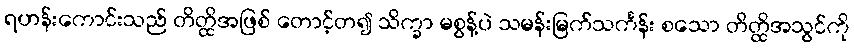
ရဟန်းကောင်းသည် တိတ္ထိအဖြစ် တောင့်တ၍ သိက္ခာ မစွန့်ပဲ သမန်းမြက်သင်္ကန်း စသော တိတ္ထိအသွင်ကို